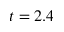
t = 2 . 4